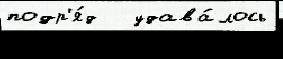
подр'я́д   удава́лось